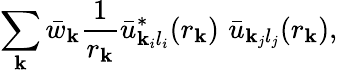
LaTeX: \sum_{\mathbf{k}}\bar{{w}}_{\mathbf{k}}\frac{{1}}{{r_{\mathbf{k}}}}\bar{{u}}_{\mathbf{k}_{i}l_{i}}^{*}(r_{\mathbf{k}})\, \, \bar{{u}}_{\mathbf{k}_{j}l_{j}}(r_{\mathbf{k}}),